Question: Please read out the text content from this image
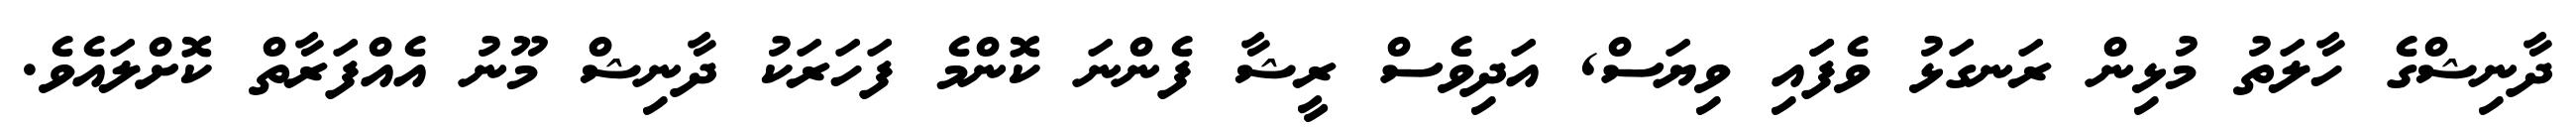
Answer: ދާނިޝްގެ ހާލަތު މުޅިން ރަނގަޅު ވެފަައި ވިޔަސް, އަދިވެސް ރީޝާ ފެންނަ ކޮންމެ ފަހަރަކު ދާނިޝް މޫނު އެއްފަރާތް ކޮށްލައެވެ.